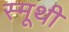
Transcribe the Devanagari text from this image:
स्मूथी